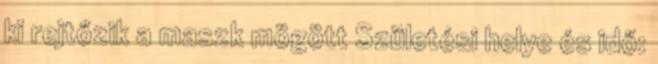
ki rejtőzik a maszk mögött Születési helye és idő: